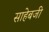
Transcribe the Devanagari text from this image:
साहेबजी